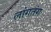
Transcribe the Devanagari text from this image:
लांगतंग